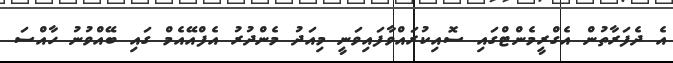
އެ ދެފަރާތުން އެގްރީމެންޓްގައި ސޮއިކުރައްވާފައިވަނީ މިއަދު މެންދުރު އެފްއޭއެމް ގައި ބޭއްވުނު ހާއްސަ